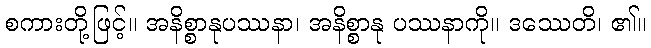
စကားတို့ဖြင့်။ အနိစ္စာနုပဿနာ၊ အနိစ္စာနု ပဿနာကို။ ဒဿေတိ၊ ၏။